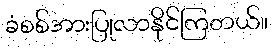
ခံစစ်အားပြုလာနိုင်ကြတယ်။